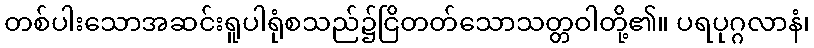
တစ်ပါးသောအဆင်းရူပါရုံစသည်၌ငြိတတ်သောသတ္တဝါတို့၏။ ပရပုဂ္ဂလာနံ၊